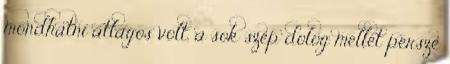
mondhatni átlagos volt, a sok szép dolog mellet persze